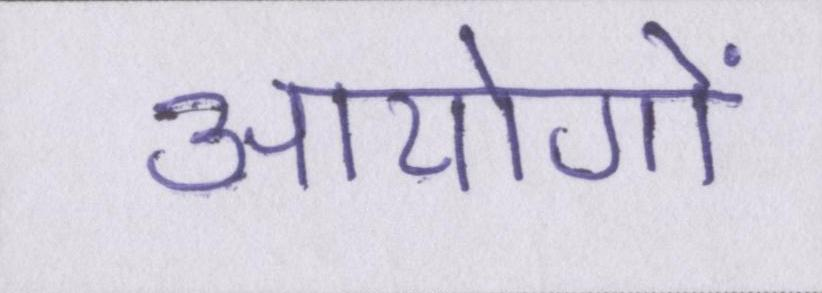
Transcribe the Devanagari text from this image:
आयोगों